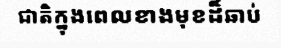
ជាតិក្នុងពេលខាងមុខដ៏ឆាប់